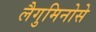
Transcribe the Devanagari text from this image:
लैगुमिनोसे